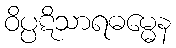
ဝိပ္ပဋိသာရဓမ္မေန